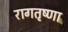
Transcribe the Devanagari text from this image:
रागतृष्णा